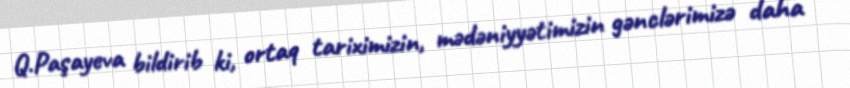
Q.Paşayeva bildirib ki, ortaq tariximizin, mədəniyyətimizin gənclərimizə daha